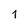
Character: 1